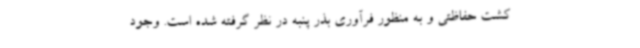
‌کشت حفاظتی و به منظور فرآوری بذر پنبه در نظر گرفته شده است. وجود